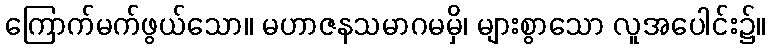
ကြောက်မက်ဖွယ်သော။ မဟာဇနသမာဂမမှိ၊ များစွာသော လူအပေါင်း၌။